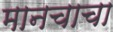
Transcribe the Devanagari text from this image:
मानचाचा